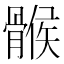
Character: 𩩵